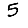
Digit: 5